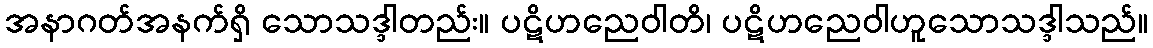
အနာဂတ်အနက်ရှိ သောသဒ္ဒါတည်း။ ပဋိဟညေဝါတိ၊ ပဋိဟညေဝါဟူသောသဒ္ဒါသည်။